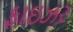
ફાઇઝર